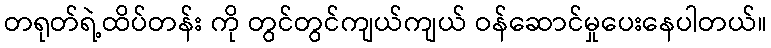
တရုတ်ရဲ့ထိပ်တန်း ကို တွင်တွင်ကျယ်ကျယ် ဝန်ဆောင်မှုပေးနေပါတယ်။